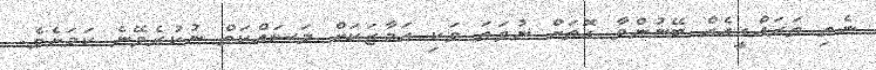
ނެތި ތަރައްގީއެއް ބޭނުންވާ ގޮތަށް ނުވަތަ ވަކި އަމާޒަކަށް މަސައްކަތް ނުކުރެވޭނެ ކަމަށެވެ.